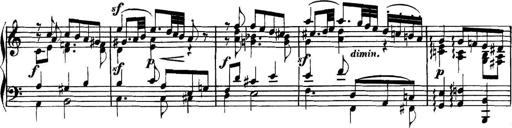
Title: Collected Piano Sonatas
Composer: Muzio Clementi